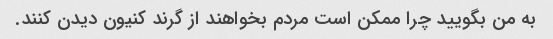
به من بگویید چرا ممکن است مردم بخواهند از گرند کنیون دیدن کنند.